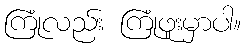
ကြုံလည်း ကြုံဖူးမှာပါ။